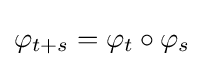
\varphi _{t+s}=\varphi _{t}\circ \varphi _{s}